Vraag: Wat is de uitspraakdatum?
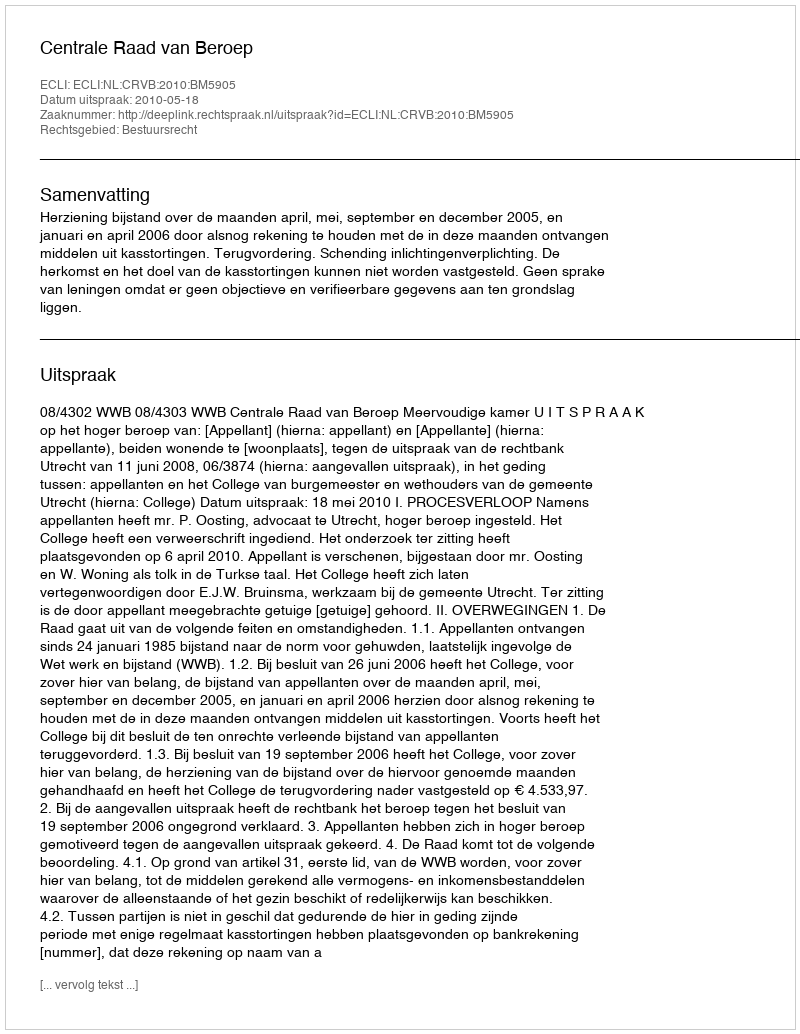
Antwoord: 2010-05-18